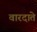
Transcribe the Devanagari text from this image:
वारदाते